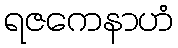
ရဇကေနာဟံ